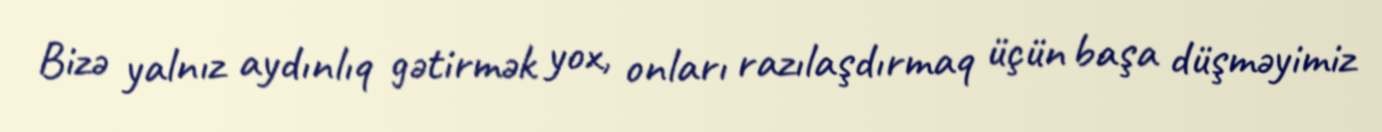
Bizə yalnız aydınlıq gətirmək yox, onları razılaşdırmaq üçün başa düşməyimiz